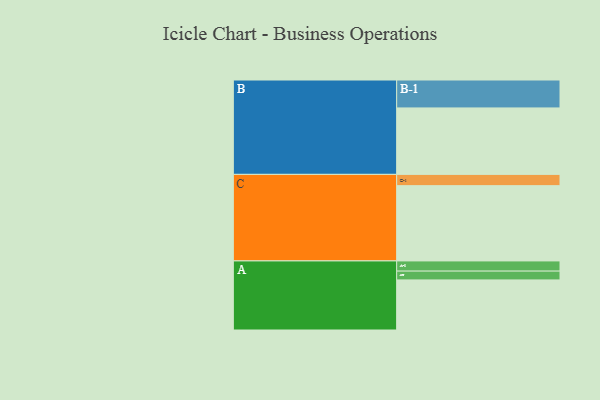
{"axis": {"x": "Segment", "y": "Value"}, "legend": ["", "A", "B", "C"], "data": [{"x": "A", "y": 364, "type": ""}, {"x": "B", "y": 483, "type": ""}, {"x": "C", "y": 547, "type": ""}, {"x": "A-1", "y": 74, "type": "A"}, {"x": "A-2", "y": 64, "type": "A"}, {"x": "B-1", "y": 203, "type": "B"}, {"x": "C-1", "y": 82, "type": "C"}]}